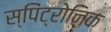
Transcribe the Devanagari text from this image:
स्पिंट्रोनिक